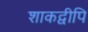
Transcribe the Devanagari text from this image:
शाकद्वीपि